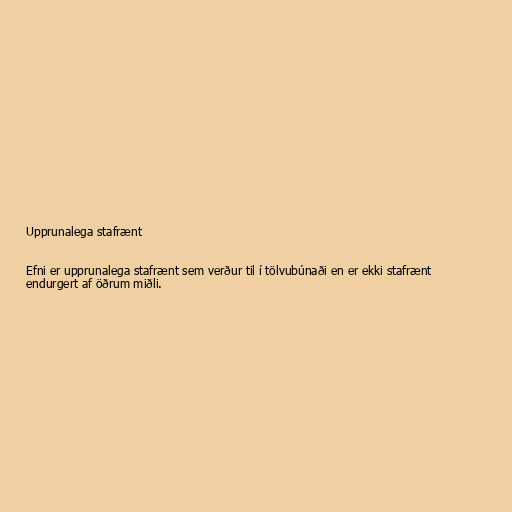
Upprunalega stafrænt

Efni er upprunalega stafrænt sem verður til í tölvubúnaði en er ekki stafrænt
endurgert af öðrum miðli.